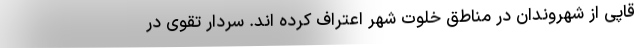
قاپی از شهروندان در مناطق خلوت شهر اعتراف کرده اند. سردار تقوی در